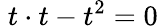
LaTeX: \; t\cdot t-t^{2}=0